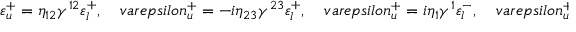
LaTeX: \varepsilon _ { u } ^ { + } = \eta _ { 1 2 } \gamma ^ { 1 2 } \varepsilon _ { l } ^ { + } , \ \ \ \ \, v a r e p s i l o n _ { u } ^ { + } = - i \eta _ { 2 3 } \gamma ^ { 2 3 } \varepsilon _ { l } ^ { + } , \ \ \ \ \, v a r e p s i l o n _ { u } ^ { + } = i \eta _ { 1 } \gamma ^ { 1 } \varepsilon _ { l } ^ { - } , \ \ \ \ \, v a r e p s i l o n _ { u } ^ { + } = - \eta _ { 3 } \gamma ^ { 3 } \varepsilon _ { l } ^ { - }